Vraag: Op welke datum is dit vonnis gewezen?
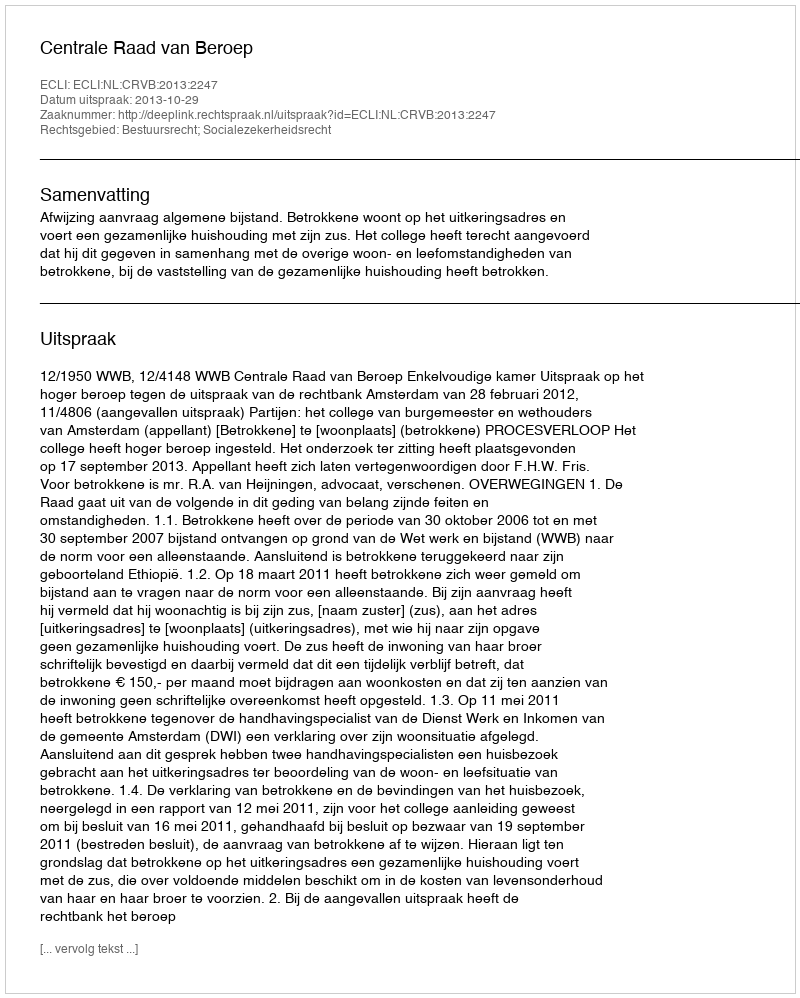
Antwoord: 2013-10-29